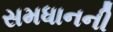
સમધાનની